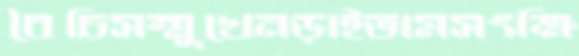
বৈচিসম্মুখেনড়াইতামসংক্ষি